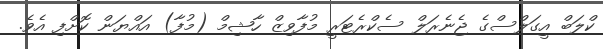
ކްލަބް އީގަލްސްގެ ޖެނެރަލް ސެކްރެޓަރީ މުފާވިޒް ހާޝިމް (މުފާ) އައްޔަން ކޮށްފި އެވެ.